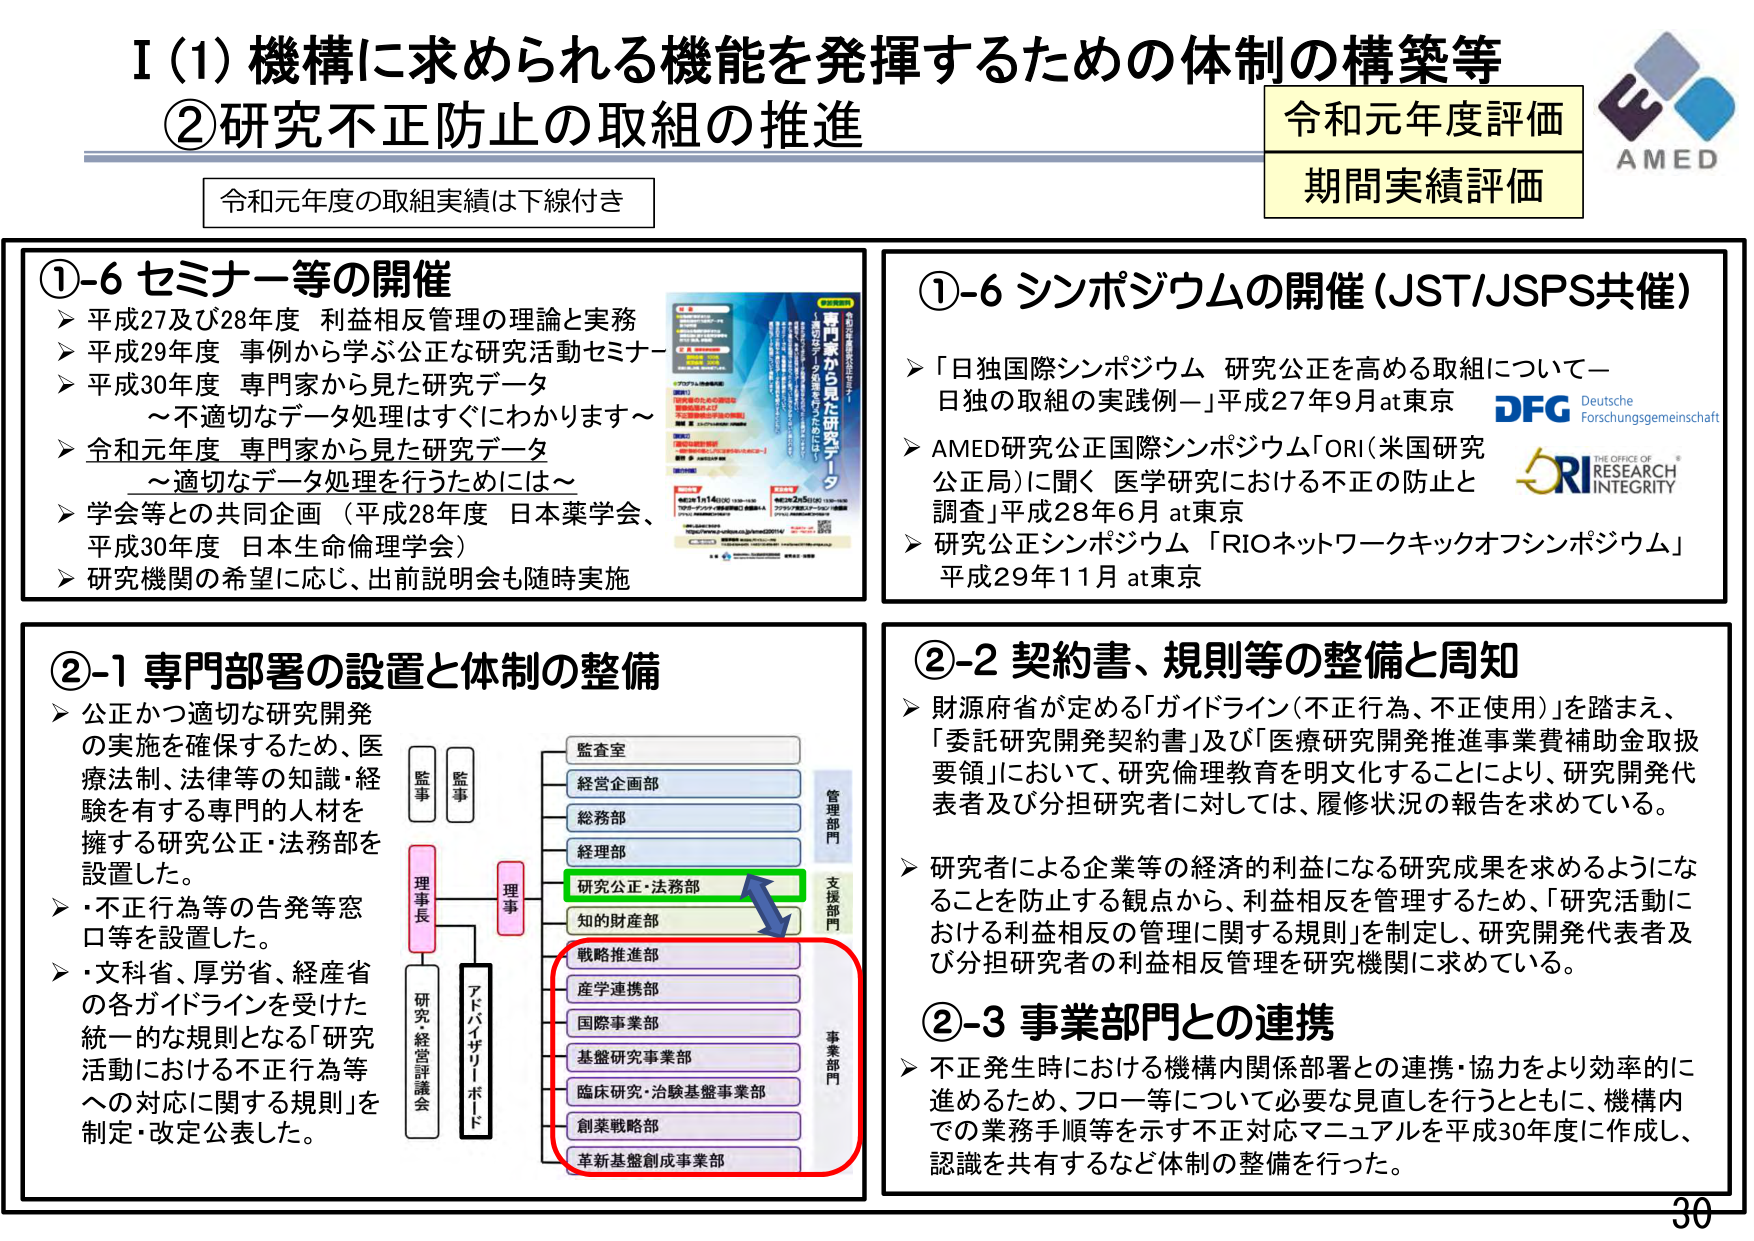
I（1）機構に求められる機能を発揮するための体制の構築等
②研究不正防止の取組の推進

令和元年度評価
期間実績評価

AMED

令和元年度の取組実績は下線付き

①-6 セミナー等の開催
▶ 平成27及び28年度 利益相反管理の理論と実務
▶ 平成29年度 事例から学ぶ公正な研究活動セミナー
▶ 平成30年度 専門家から見た研究データ
～不適切なデータ処理はすぐにわかります～
▶ 令和元年度 専門家から見た研究データ
～適切なデータ処理を行うためには～
▶ 学会等との共同企画（平成28年度 日本薬学会、
平成30年度 日本生命倫理学会）
▶ 研究機関の希望に応じ、出前説明会も随時実施

①-6 シンポジウムの開催（JST/JSPS共催）
▶ 「日独国際シンポジウム 研究公正を高める取組について－
日独の取組の実践例－」平成27年9月 at東京
▶ AMED研究公正国際シンポジウム「ORI（米国研究
公正局）に聞く 医学研究における不正の防止と
調査」平成28年6月 at東京
▶ 研究公正シンポジウム 「RIOネットワークキックオフシンポジウム」
平成29年11月 at東京

DFG Deutsche Forschungsgemeinschaft
ORI THE OFFICE OF RESEARCH INTEGRITY

②-1 専門部署の設置と体制の整備
▶ 公正かつ適切な研究開発
の実施を確保するため、医
療法制、法律等の知識・経
験を有する専門的人材を
擁する研究公正・法務部を
設置した。
▶ ・不正行為等の告発等窓
口等を設置した。
▶ ・文科省、厚労省、経産省
の各ガイドラインを受けた
統一的な規則となる「研究
活動における不正行為等
への対応に関する規則」を
制定・改定公表した。

監事
監事
理事長
アドバイザリーボード
研究・経営評議会
監査室
経営企画部
総務部
経理部
研究公正・法務部
知的財産部
戦略推進部
産学連携部
国際事業部
基盤研究事業部
臨床研究・治験基盤事業部
創業戦略部
革新基盤創成事業部
管理部門
支援部門
事業部門

②-2 契約書、規則等の整備と周知
▶ 財源府省が定める「ガイドライン（不正行為、不正使用）」を踏まえ、
「委託研究開発契約書」及び「医療研究開発推進事業費補助金取扱
要領」において、研究倫理教育を明文化することにより、研究開発代
表者及び分担研究者に対しては、履修状況の報告を求めている。
▶ 研究者による企業等の経済的利益になる研究成果を求めようにな
ることを防止する観点から、利益相反を管理するため、「研究活動に
おける利益相反の管理に関する規則」を制定し、研究開発代表者及
び分担研究者の利益相反管理を研究機関に求めている。

②-3 事業部門との連携
▶ 不正発生時における機構内関係部署との連携・協力をより効率的に
進めるため、フロー等について必要な見直しを行うとともに、機構内
での業務手順等を示す不正対応マニュアルを平成30年度に作成し、
認識を共有するなど体制の整備を行った。

30